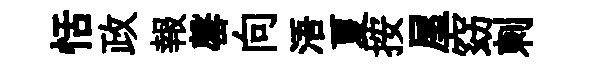
恬政報罄向浯夏按屋窈刺